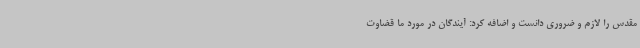
مقدس را لازم و ضروری دانست و اضافه کرد: آیندگان در مورد ما قضاوت